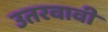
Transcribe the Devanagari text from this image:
उतरवावी